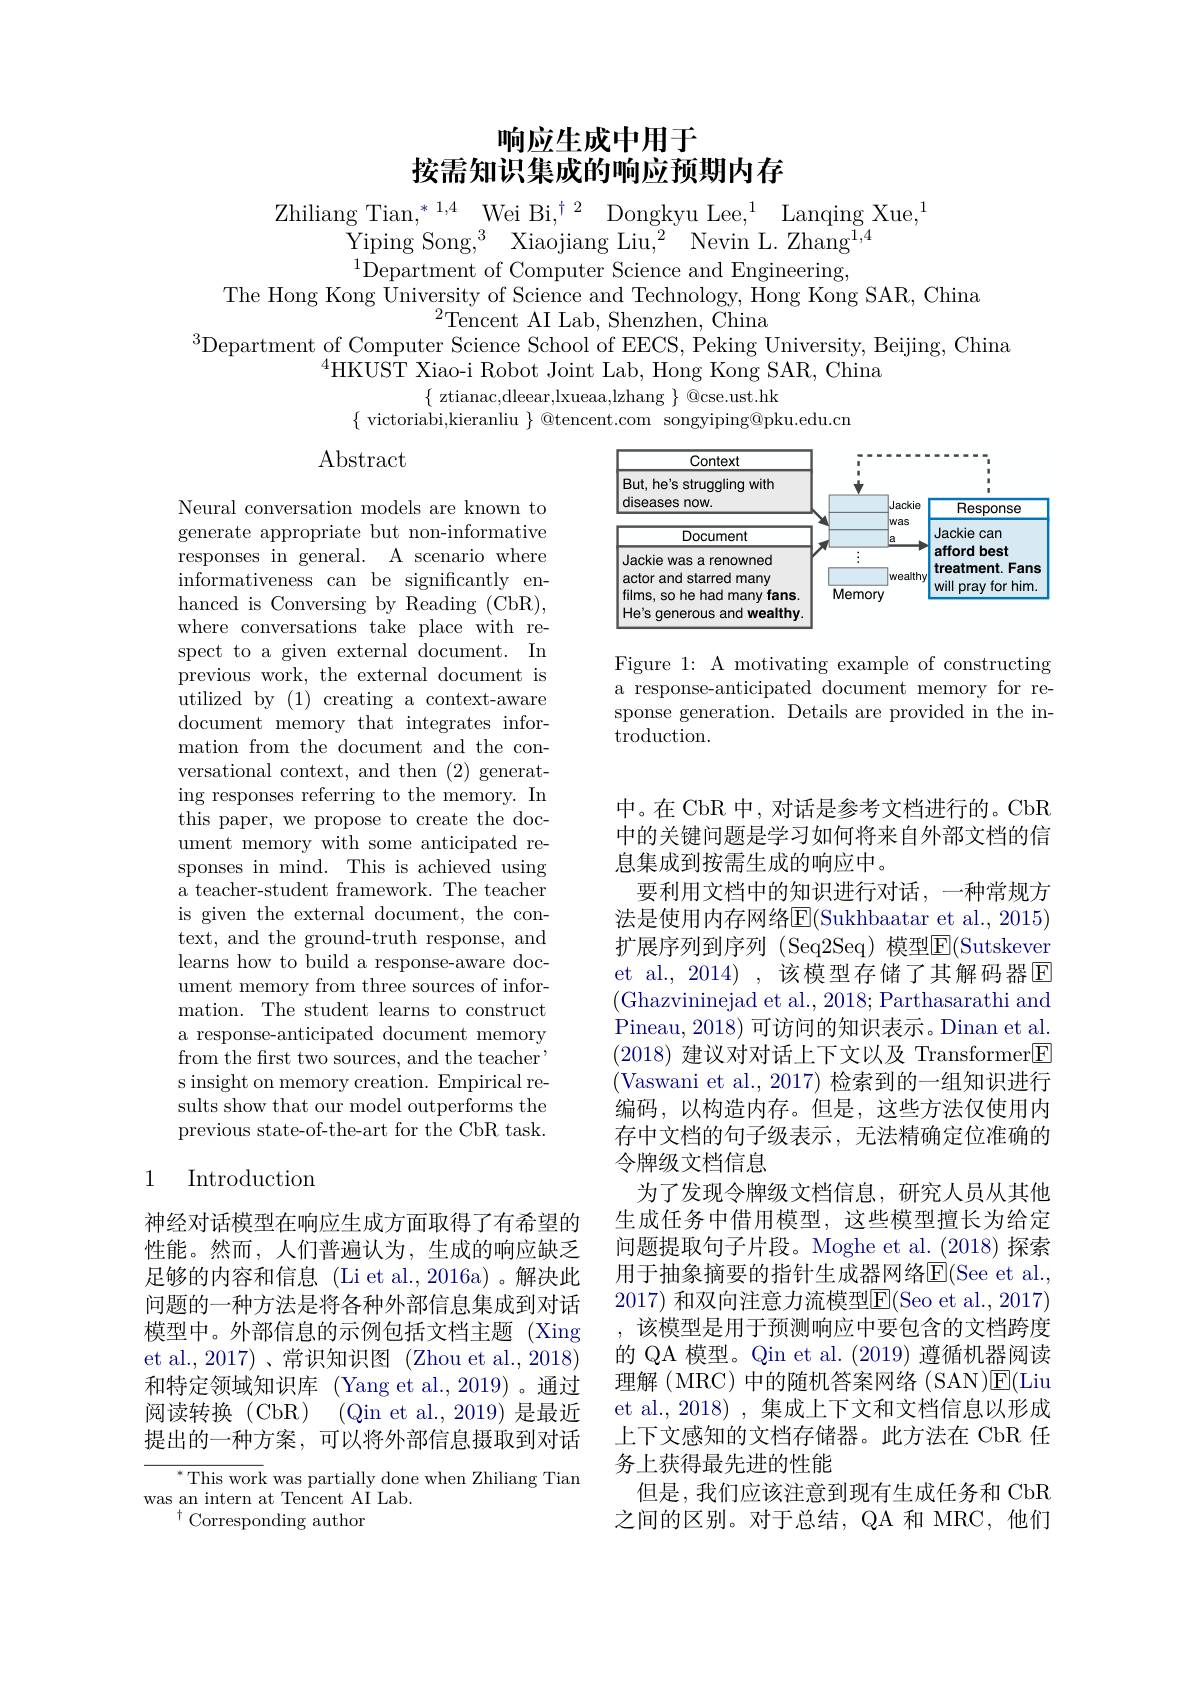
# 响应生成中用于按需知识集成的响应预期内存

$\begin{array}{c}\text{Zhiliang Tian,}^{*}{}^{1,4}&\mathrm{Wei~Bi,}^{\dagger}{2}&\mathrm{Dongkyu~Lee,}^{1}&\mathrm{Lanqing~Xue,}^{1}\\\text{Yiping Song,}^{3}&\mathrm{Xiaojiang~Liu,}^{2}&\mathrm{Nevin~L.~Zhang^{1,4}}\\\end{array}$
$^{1}$Department of Computer Science and Engineering,

The Hong Kong $\hat\text{University of Science and Technology, Hong Kong SAR, China}$

$^{2}$Tencent AI Lab, Shenzhen, China
$^{3}$Department of Computer Science School of EECS, Peking University, Beijing, China
$^{4}\dot{\mathrm{HKUST~Xiao-i~Robot~Joint~Lab,~Hong~Kong~SAR,~China}}$
$\{$ ztianac,dleear,lxueaa,lzhang $\}$ @cse.ust.hk
$\{$ victoriabi,kieranliu $\}$ @tencent.com songyiping@pku.edu.cn

$\operatorname{Abstract}$

<FigureHere>

Figure 1: A motivating example of constructing a response-anticipated document memory for response generation. Details are provided in the introduction.

Neural conversation models are known to generate appropriate but non-informative responses in general. A scenario where informativeness can be significantly enhanced is Conversing by Reading (CbR), where conversations take place with respect to a given external document. In previous work, the external document is utilized by (1) creating a context-aware document memory that integrates information from the document and the conversational context, and then (2) generating responses referring to the memory. In this paper, we propose to create the document memory with some anticipated responses in mind. This is achieved using a teacher-student framework. The teacher is given the external document, the context, and the ground-truth response, and learns how to build a response-aware document memory from three sources of information. The student learns to construct a response-anticipated document memory from the first two sources, and the teacher' s insight on memory creation. Empirical results show that our model outperforms the previous state-of-the-art for the CbR task.

中。在 CbR 中，对话是参考文档进行的。CbR 中的关键问题是学习如何将来自外部文档的信息集成到按需生成的响应中。
要利用文档中的知识进行对话，一种常规方法是使用内存网络E$( Sukhbaatar et al. , 2015)$ 扩展序列到序列(Seq2Seq)模型$\overline{\mathrm{E}}($Sutskever et al., 2014), 该模型存储了其解码器$\overline{\mathrm{E}}$ (Ghazvininejad et al., 2018; Parthasarathi and Pineau, 2018) 可访问的知识表示。Dinan et al. (2018)建议对对话上下文以及 Transformer$\boxed{\mathrm{F}}$ (Vaswani et al.,2017) 检索到的一组知识进行编码，以构造内存。但是，这些方法仅使用内存中文档的句子级表示，无法精确定位准确的令牌级文档信息
为了发现令牌级文档信息，研究人员从其他生成任务中借用模型，这些模型擅长为给定问题提取句子片段。Moghe et al.(2018)探索用于抽象摘要的指针生成器网络E(See et al. 2017) 和双向注意力流模型$\overline{\mathrm{E}}($Seo et al., 2017)
该模型是用于预测响应中要包含的文档跨度的 QA 模型。Qin et al. (2019) 遵循机器阅读理解(MRC)中的随机答案网络(SAN)$\underline{\mathrm{E}}($Liu et al.,2018),集成上下文和文档信息以形成上下文感知的文档存储器。此方法在 CbR 任务上获得最先进的性能
但是，我们应该注意到现有生成任务和 CbR 之间的区别。对于总结，QA 和 MRC,他们

## 1 Introduction

神经对话模型在响应生成方面取得了有希望的性能。然而，人们普遍认为，生成的响应缺乏足够的内容和信息(Li et al.,2016a)。解决此问题的一种方法是将各种外部信息集成到对话模型中。外部信息的示例包括文档主题(Xing et al.,2017)、常识知识图(Zhou et al.,2018) 和特定领域知识库 (Yang et al.,2019)。通过阅读转换(CbR)(Qin et al.,2019)是最近提出的一种方案，可以将外部信息摄取到对话

${}^{*}{\mathrm{This~work~was~partially~done~when~Zhiliang~Tian}}$
was an intern at Tencent AI Lab.
$^{\dagger}$Corresponding author